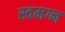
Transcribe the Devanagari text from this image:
स्वमग्न